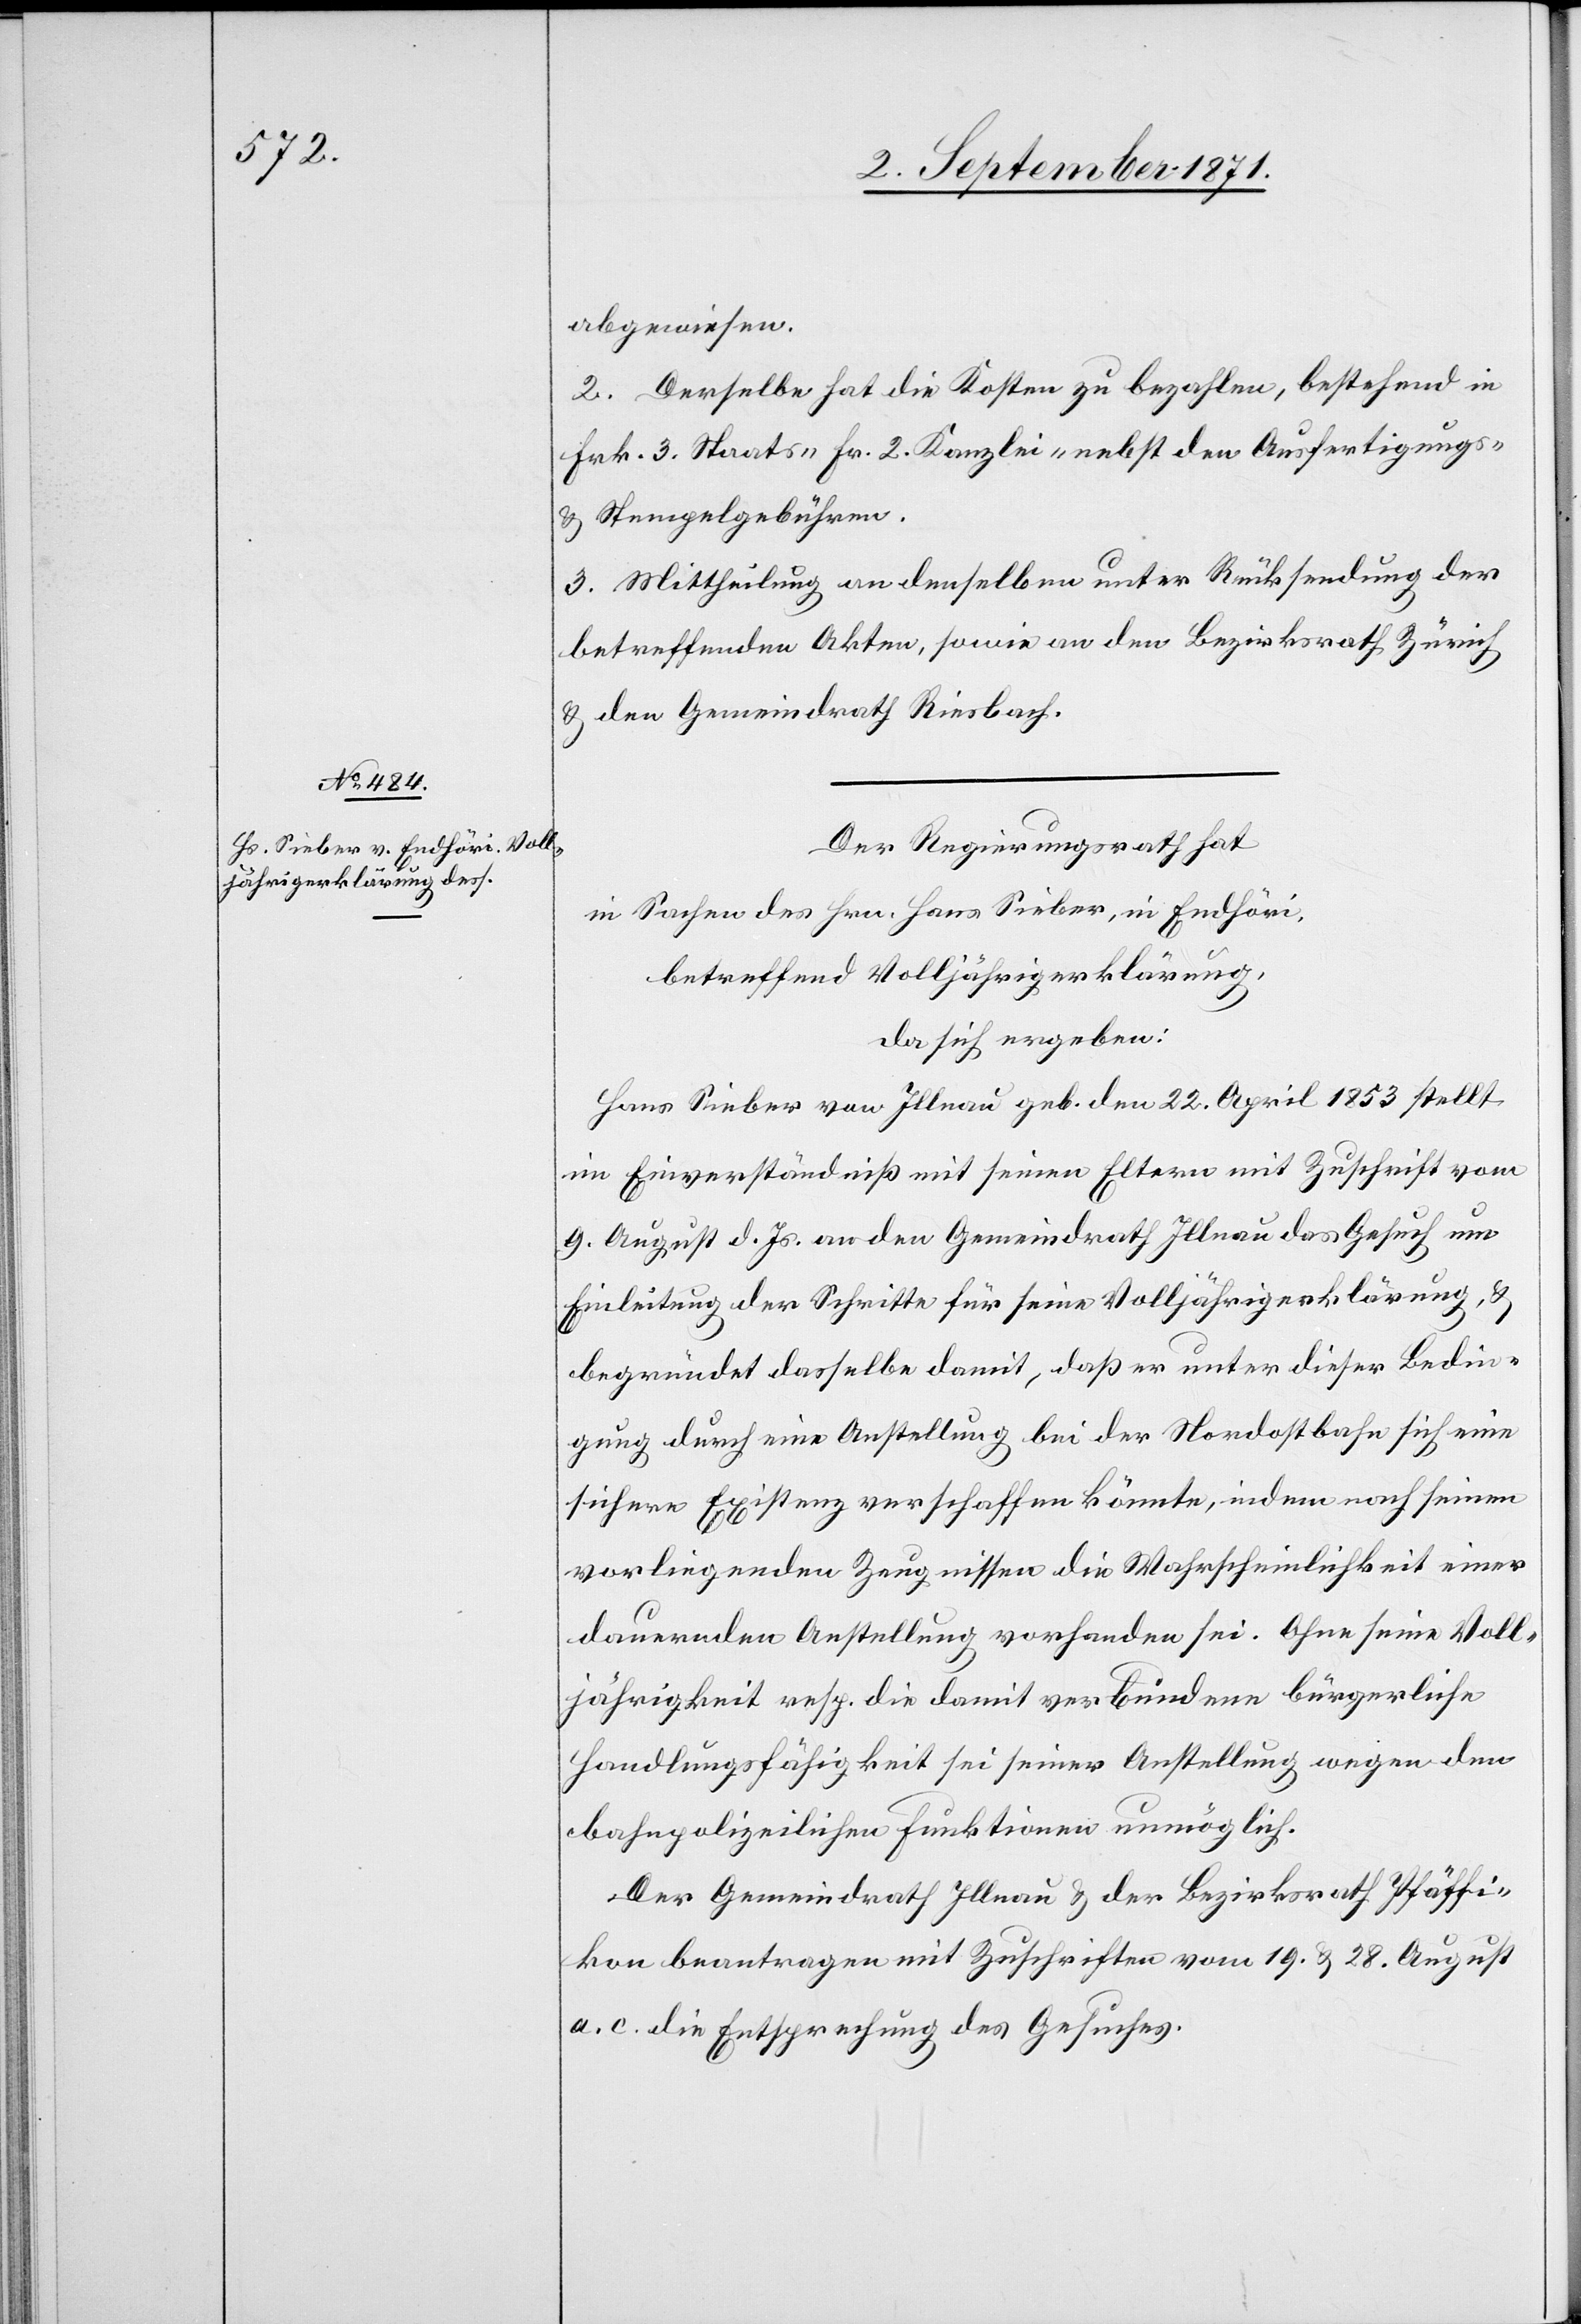
abgewiesen.
2. Derselbe hat die Kosten zu bezahlen, bestehend in
Frk. 3. Staats-[,] Fr. 2. Kanzlei-[,] nebst den Ausfertigungs-
& Stempelgebühren.
3. Mittheilung an denselben unter Rücksendung der
betreffenden Akten, sowie an den Bezirksrath Zürich
& den Gemeindrath Riesbach.
Der Regierungsrath hat
in Sachen des Hrn. Hans Sieber, in Endhöri,
betreffend Volljährigerklärung,
da sich ergeben:
Hans Sieber von Illnau geb. den 22. April 1853 stellt
im Einverständnis mit seinen Eltern mit Zuschrift vom
9. August d. Js. an den Gemeindrath Illnau das Gesuch um
Einleitung der Schritte für seine Volljährigerklärung &
begründet dasselbe damit, daß er unter dieser Bedin¬
gung durch eine Anstellung bei der Nordostbahn sich eine
sichere Existenz verschaffen könnte, indem nach seinem
vorliegenden Zeugnisse die Wahrscheinlichkeit einer
dauernden Anstellung vorhanden sei. Ohne seine Voll¬
jährigkeit resp. die damit verbundene bürgerliche
Handlungsfähigkeit sei seiner [sic!] Anstellung wegen den
bahnpolizeilichen Funktionen unmöglich.
Der Gemeindrath Illnau & der Bezirksrath Pfäffi¬
kon beantragen mit Zuschrift vom 19. & 28. August
a. c. die Entsprechung des Gesuches.